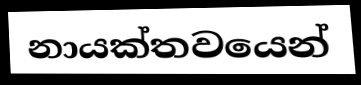
නායක්තවයෙන්